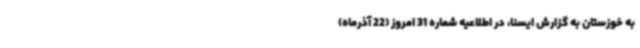
به خوزستان به گزارش ایسنا، در اطلاعیه شماره 31 امروز (22 آذرماه)